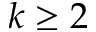
k \geq 2